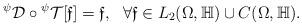
LaTeX: \begin{align*}{}^{\psi}\mathcal D \circ{}^{\psi}\mathcal T[\mathfrak{ f}]=\mathfrak {f}, \ \ \forall \mathfrak{ f}\in L_2(\Omega,\mathbb H)\cup C(\Omega,\mathbb H).\end{align*}